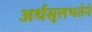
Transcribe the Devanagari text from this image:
अर्थसुलभतेने